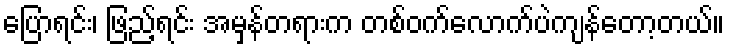
ပြောရင်း၊ ဖြည့်ရင်း အမှန်တရားက တစ်ဝက်လောက်ပဲကျန်တော့တယ်။